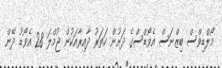
މޯލްޑިވްސް ބިޒްނަސް އެވޯޑްސްގެ ދަށުން ހަތަރު ދާއިރާއަކުން ޖުމްލަ 28 އެވޯޑު ދޭން